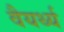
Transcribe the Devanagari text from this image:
वैयर्थ्य